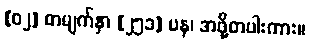
[၀၂] စာမျက်နှာ [၂၅၁] ပန၊ အဖို့တပါးကား။